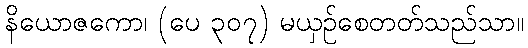
နိယောဇကော၊ (ပေ ၃၀၇) မယှဉ်စေတတ်သည်သာ။